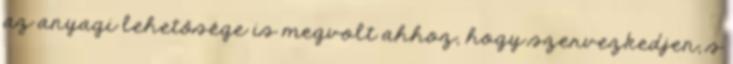
az anyagi lehetősége is megvolt ahhoz, hogy szervezkedjen, s